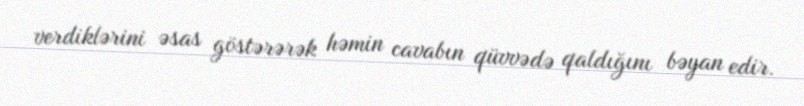
verdiklərini əsas göstərərək həmin cavabın qüvvədə qaldığını bəyan edir.